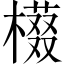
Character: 𱤔